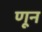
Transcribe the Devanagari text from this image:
णून